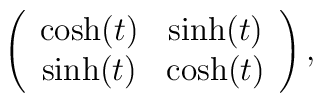
\left( \begin{array}{cc} \cosh(t) &  \sinh(t)  \\ \sinh(t) &  \cosh(t) \end{array} \right),